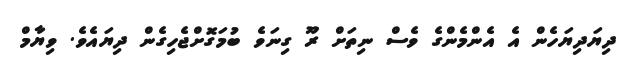
ދިޔަދިޔަހެން އެ އެންމެންގެ ވެސް ނިތަށް ރޫ ގިނަވެ ބުމަގޮށްޖެހިގެން ދިޔައެވެ. ވިޔާމް